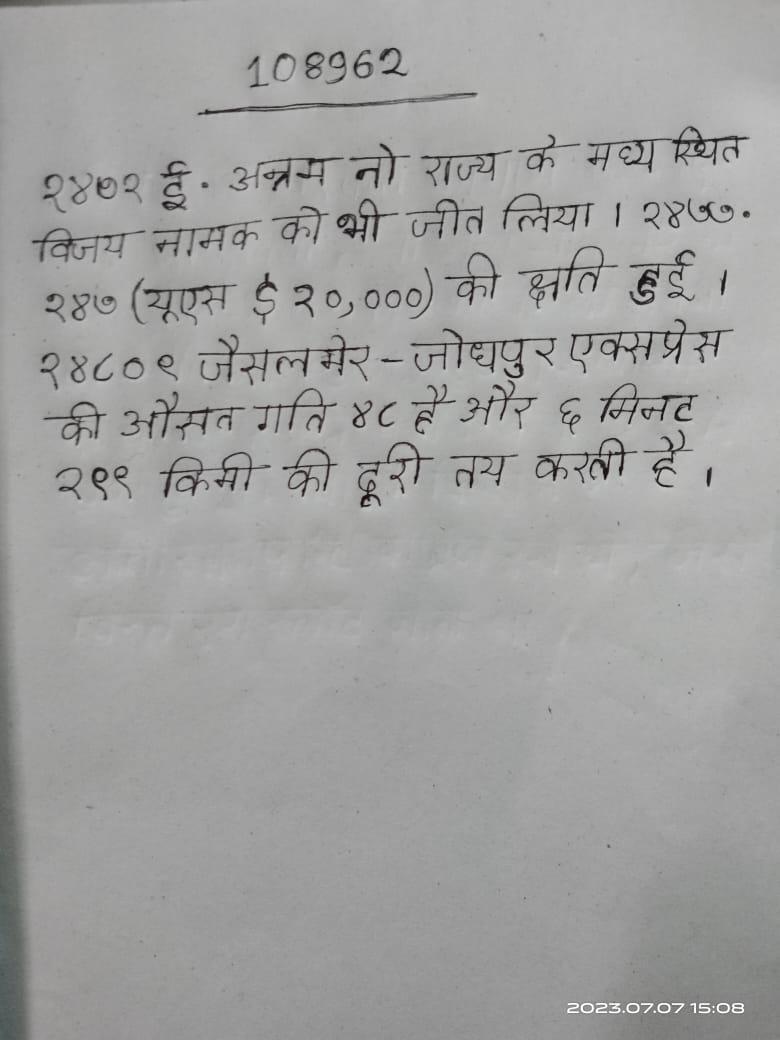
१४७१ ई. अन्नम ने राज्य के मध्य स्थित विजय नामक को भी जीत लिया । १४७७ . १४७ (यूएस $२०,०००) की क्षति हुई । १४८०९ जैसलमेर - जोधपुर एक्सप्रेस की औसत गति ४८ है और ६ मिनट २९९ किमी की दूरी तय करती है ।